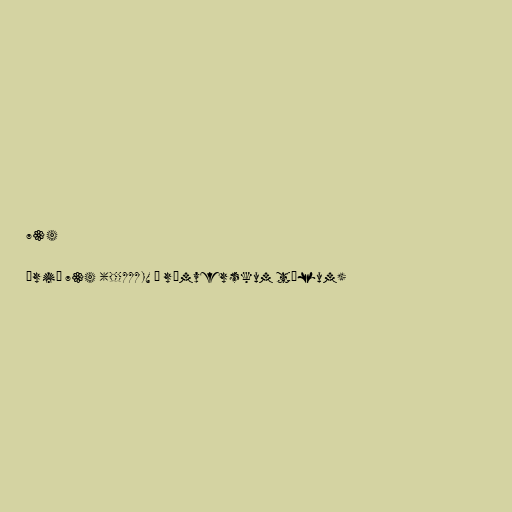
734

Árið 734 (DCCXXXIV í rómverskum tölum)